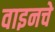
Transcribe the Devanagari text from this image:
वाइनचे